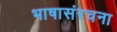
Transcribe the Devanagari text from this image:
भाषासंरचना